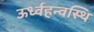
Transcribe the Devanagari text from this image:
ऊर्ध्वहन्वस्थि